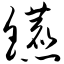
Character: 镳